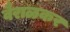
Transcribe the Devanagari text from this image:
वैराळकर